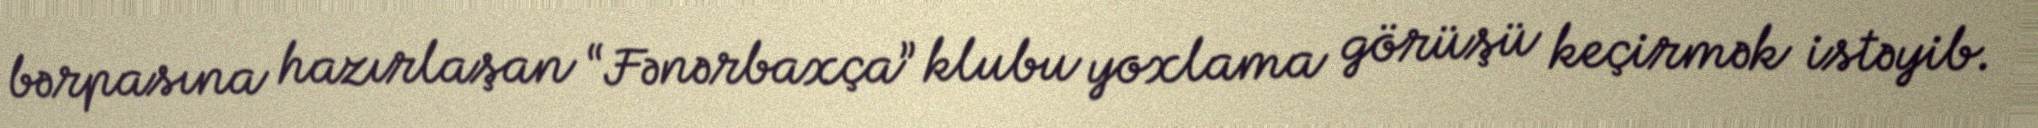
bərpasına hazırlaşan “Fənərbaxça” klubu yoxlama görüşü keçirmək istəyib.